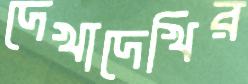
দেখাদেখির